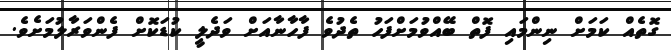
ގޮޮތެއް ކަމަށް ނިންމައި ފޮތް ބޭއްވުމަށްފަހު ތެދުވެ ފާހާނާއަށް ވަދެލީ ކުޑަކޮށް ފެންވަރާލުމަށެވެ.